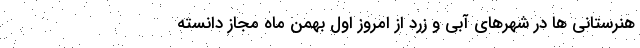
هنرستانی ها در شهرهای آبی و زرد از امروز اول بهمن ماه مجاز دانسته